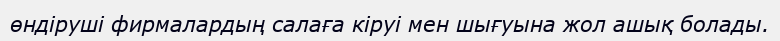
өндіруші фирмалардың салаға кіруі мен шығуына жол ашық болады.